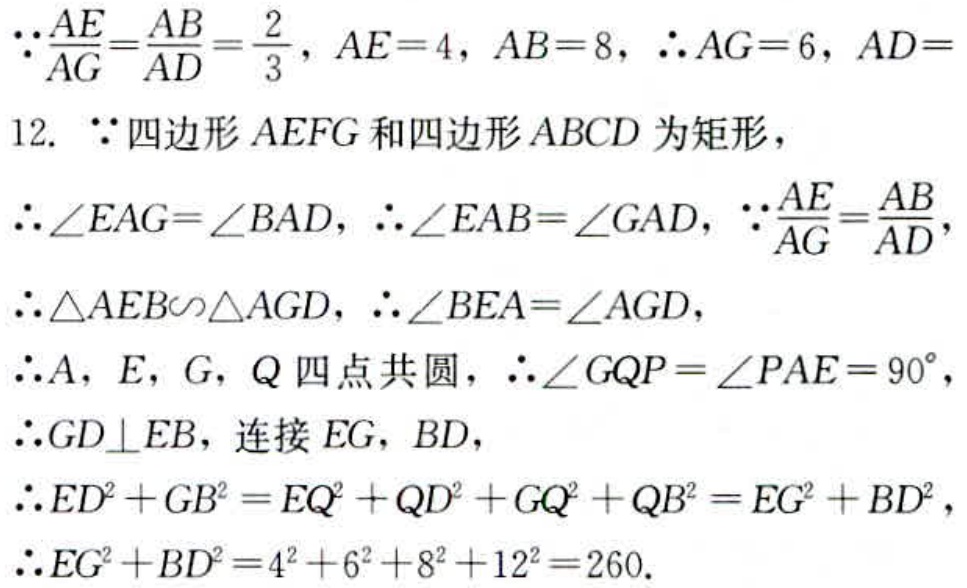
\(\because\frac{AE}{AG}=\frac{AB}{AD}=\frac{2}{3}, AE = 4, AB = 8, \therefore AG = 6, AD = 12.\)
\(\because\)四边形\(AEFG\)和四边形\(ABCD\)为矩形，
\(\therefore\angle EAG=\angle BAD, \therefore\angle EAB=\angle GAD, \because\frac{AE}{AG}=\frac{AB}{AD},\)
\(\therefore\triangle AEB\sim\triangle AGD, \therefore\angle BEA=\angle AGD,\)
\(\therefore A, E, G, Q\)四点共圆, \(\therefore\angle GQP=\angle PAE = 90^{\circ},\)
\(\therefore GD\perp EB,\)连接\(EG, BD,\)
\(\therefore ED^{2}+GB^{2}=EQ^{2}+QD^{2}+GQ^{2}+QB^{2}=EG^{2}+BD^{2},\)
\(\therefore EG^{2}+BD^{2}=4^{2}+6^{2}+8^{2}+12^{2}=260.\)